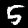
Label: 5